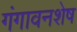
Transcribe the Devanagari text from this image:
गंगावनशेष